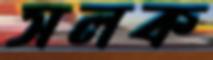
সলক